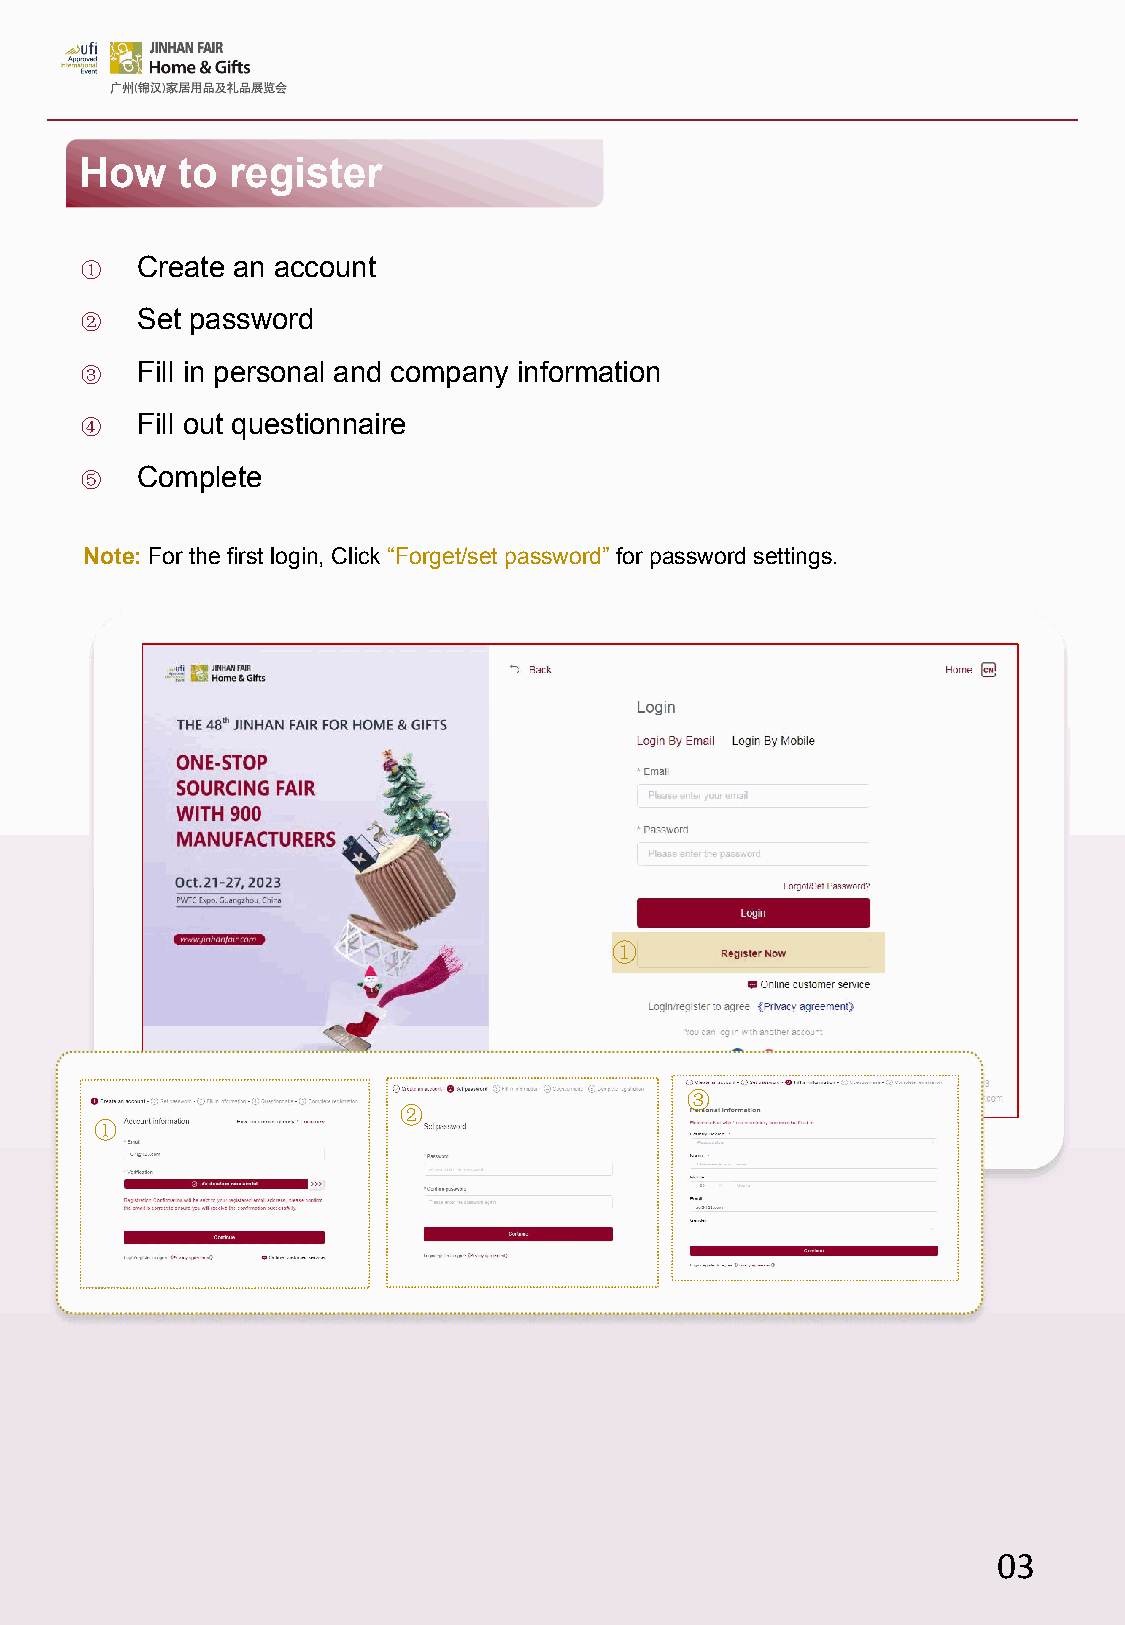
How    to register
 ①   Create an account
 ②   Set password
 ③   Fill in personal and company information
 ④   Fill out questionnaire
 ⑤   Complete
 Note: For the first login, Click “Forget/set password” for password settings.
 ①
 ③
 ②
 ①
 6
 03